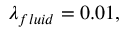
\lambda _ { f l u i d } = 0 . 0 1 ,